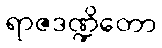
ရာဇဒဏ္ဍိတော